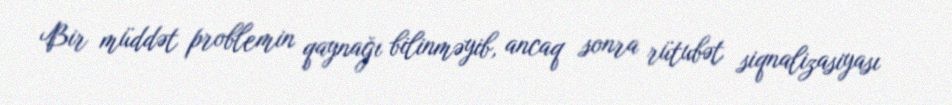
Bir müddət problemin qaynağı bilinməyib, ancaq sonra rütubət siqnalizasiyası